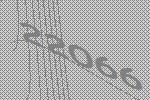
22066